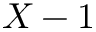
X - 1